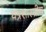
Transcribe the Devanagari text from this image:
यंत्रशास्त्रीय